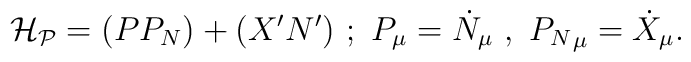
{\cal H_P}=(PP_N)+(X'N')~;~P_{\mu}=\dot N_{\mu}~,~{P_N}_{\mu}=\dot X_{\mu}.